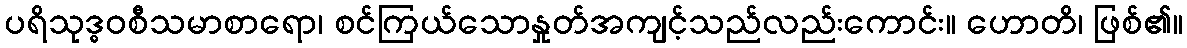
ပရိသုဒ္ဓဝစီသမာစာရော၊ စင်ကြယ်သောနှုတ်အကျင့်သည်လည်းကောင်း။ ဟောတိ၊ ဖြစ်၏။